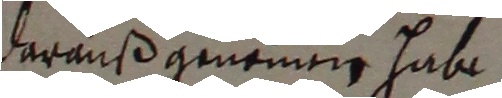
darauß genemen habe